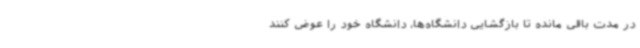
در مدت باقی مانده تا بازگشایی دانشگاه‌ها، دانشگاه خود را عوض کنند